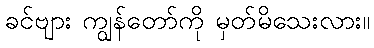
ခင်ဗျား ကျွန်တော်ကို မှတ်မိသေးလား။